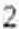
2